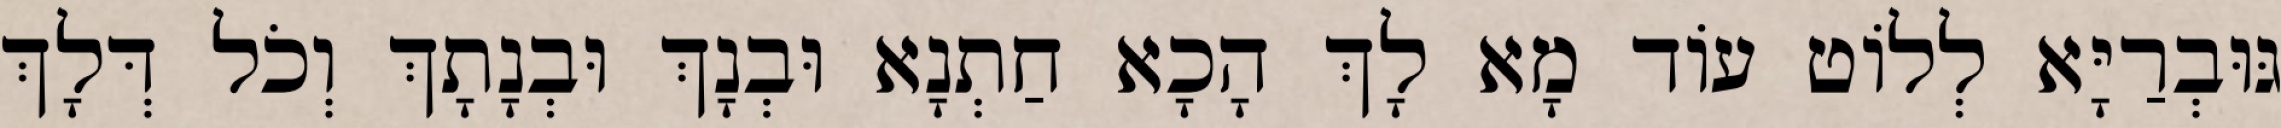
גּוּבְרַיָּא לְלוֹט עוֹד מָא לָךְ הָכָא חַתְנָא וּבְנָךְ וּבְנָתָךְ וְכֹל דְּלָךְ